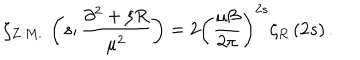
\zeta _ { Z . M . } \, \left( s ; \frac { \partial ^ { 2 } + \xi R } { \mu ^ { 2 } } \right) = 2 \left( \frac { \mu \beta } { 2 \pi } \right) ^ { 2 s } \zeta _ { R } \left( 2 s \right) .